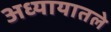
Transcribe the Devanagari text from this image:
अध्‍यायातले